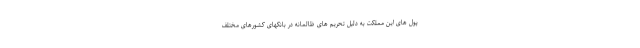
پول های این مملکت به دلیل تحریم های ظالمانه در بانکهای کشورهای مختلف